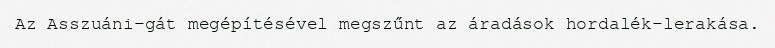
Az Asszuáni-gát megépítésével megszűnt az áradások hordalék-lerakása.